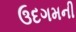
ઉદગમની